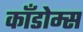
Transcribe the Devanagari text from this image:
काँडोम्स